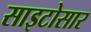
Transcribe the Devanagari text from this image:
साइटोसार